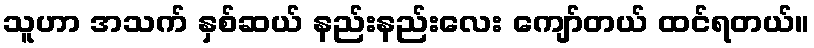
သူဟာ အသက် နှစ်ဆယ် နည်းနည်းလေး ကျော်တယ် ထင်ရတယ်။